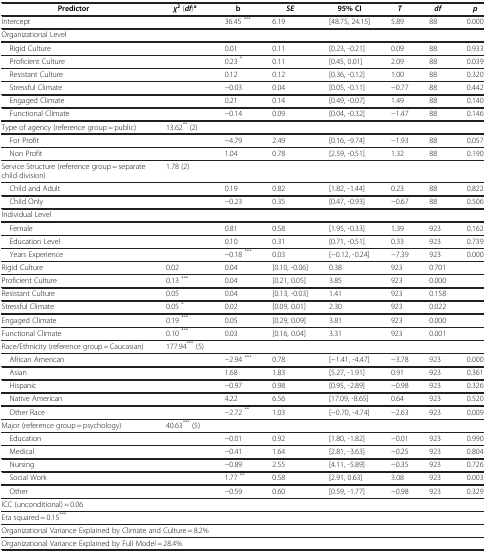
<table><thead><tr><td><b>Predictor</b></td><td><b> <i>χ</i> <sup>2</sup> ( <i>df</i> )<sup>a</sup></b></td><td><b>b</b></td><td><b> <i>SE</i> </b></td><td><b>95% CI</b></td><td><b> <i>T</i> </b></td><td><b> <i>df</i> </b></td><td><b> <i>p</i> </b></td></tr></thead><tbody><tr><td>Intercept</td><td> </td><td>36.45 <sup>***</sup></td><td>6.19</td><td>[48.75, 24.15]</td><td>5.89</td><td>88</td><td>0.000</td></tr><tr><td colspan="8">Organizational Level</td></tr><tr><td> Rigid Culture</td><td> </td><td>0.01</td><td>0.11</td><td>[0.23, -0.21]</td><td>0.09</td><td>88</td><td>0.933</td></tr><tr><td> Proficient Culture</td><td> </td><td>0.23 <sup>*</sup></td><td>0.11</td><td>[0.45, 0.01]</td><td>2.09</td><td>88</td><td>0.039</td></tr><tr><td> Resistant Culture</td><td> </td><td>0.12</td><td>0.12</td><td>[0.36, -0.12]</td><td>1.00</td><td>88</td><td>0.320</td></tr><tr><td> Stressful Climate</td><td> </td><td>−0.03</td><td>0.04</td><td>[0.05, -0.11]</td><td>−0.77</td><td>88</td><td>0.442</td></tr><tr><td> Engaged Climate</td><td> </td><td>0.21</td><td>0.14</td><td>[0.49, -0.07]</td><td>1.49</td><td>88</td><td>0.140</td></tr><tr><td> Functional Climate</td><td> </td><td>−0.14</td><td>0.09</td><td>[0.04, -0.32]</td><td>−1.47</td><td>88</td><td>0.146</td></tr><tr><td>Type of agency (reference group = public)</td><td>13.62<sup>**</sup> (2)</td><td> </td><td> </td><td> </td><td> </td><td> </td><td> </td></tr><tr><td> For Profit</td><td> </td><td>−4.79</td><td>2.49</td><td>[0.16, -9.74]</td><td>−1.93</td><td>88</td><td>0.057</td></tr><tr><td> Non Profit</td><td> </td><td>1.04</td><td>0.78</td><td>[2.59, -0.51]</td><td>1.32</td><td>88</td><td>0.190</td></tr><tr><td>Service Structure (reference group = separate child division)</td><td>1.78 (2)</td><td> </td><td> </td><td> </td><td> </td><td> </td><td> </td></tr><tr><td> Child and Adult</td><td> </td><td>0.19</td><td>0.82</td><td>[1.82, -1.44]</td><td>0.23</td><td>88</td><td>0.822</td></tr><tr><td> Child Only</td><td> </td><td>−0.23</td><td>0.35</td><td>[0.47, -0.93]</td><td>−0.67</td><td>88</td><td>0.506</td></tr><tr><td colspan="8">Individual Level</td></tr><tr><td> Female</td><td> </td><td>0.81</td><td>0.58</td><td>[1.95, -0.33]</td><td>1.39</td><td>923</td><td>0.162</td></tr><tr><td> Education Level</td><td> </td><td>0.10</td><td>0.31</td><td>[0.71, -0.51]</td><td>0.33</td><td>923</td><td>0.739</td></tr><tr><td> Years Experience</td><td> </td><td>−0.18 <sup>***</sup></td><td>0.03</td><td>[−0.12, -0.24]</td><td>−7.39</td><td>923</td><td>0.000</td></tr><tr><td>Rigid Culture</td><td>0.02</td><td>0.04</td><td>[0.10, -0.06]</td><td>0.38</td><td>923</td><td>0.701</td><td> </td></tr><tr><td>Proficient Culture</td><td>0.13 <sup>***</sup></td><td>0.04</td><td>[0.21, 0.05]</td><td>3.85</td><td>923</td><td>0.000</td><td> </td></tr><tr><td>Resistant Culture</td><td>0.05</td><td>0.04</td><td>[0.13, -0.03]</td><td>1.41</td><td>923</td><td>0.158</td><td> </td></tr><tr><td>Stressful Climate</td><td>0.05 <sup>*</sup></td><td>0.02</td><td>[0.09, 0.01]</td><td>2.30</td><td>923</td><td>0.022</td><td> </td></tr><tr><td>Engaged Climate</td><td>0.19 <sup>***</sup></td><td>0.05</td><td>[0.29, 0.09]</td><td>3.81</td><td>923</td><td>0.000</td><td> </td></tr><tr><td>Functional Climate</td><td>0.10 <sup>***</sup></td><td>0.03</td><td>[0.16, 0.04]</td><td>3.31</td><td>923</td><td>0.001</td><td> </td></tr><tr><td>Race/Ethnicity (reference group = Caucasian)</td><td>177.94<sup>***</sup> (5)</td><td> </td><td> </td><td> </td><td> </td><td> </td><td> </td></tr><tr><td> African American</td><td> </td><td>−2.94 <sup>***</sup></td><td>0.78</td><td>[−1.41, -4.47]</td><td>−3.78</td><td>923</td><td>0.000</td></tr><tr><td> Asian</td><td> </td><td>1.68</td><td>1.83</td><td>[5.27, -1.91]</td><td>0.91</td><td>923</td><td>0.361</td></tr><tr><td> Hispanic</td><td> </td><td>−0.97</td><td>0.98</td><td>[0.95, -2.89]</td><td>−0.98</td><td>923</td><td>0.326</td></tr><tr><td> Native American</td><td> </td><td>4.22</td><td>6.56</td><td>[17.09, -8.65]</td><td>0.64</td><td>923</td><td>0.520</td></tr><tr><td> Other Race</td><td> </td><td>−2.72 <sup>**</sup></td><td>1.03</td><td>[−0.70, -4.74]</td><td>−2.63</td><td>923</td><td>0.009</td></tr><tr><td>Major (reference group = psychology)</td><td>40.63<sup>***</sup> (5)</td><td> </td><td> </td><td> </td><td> </td><td> </td><td> </td></tr><tr><td> Education</td><td> </td><td>−0.01</td><td>0.92</td><td>[1.80, -1.82]</td><td>−0.01</td><td>923</td><td>0.990</td></tr><tr><td> Medical</td><td> </td><td>−0.41</td><td>1.64</td><td>[2.81, -3.63]</td><td>−0.25</td><td>923</td><td>0.804</td></tr><tr><td> Nursing</td><td> </td><td>−0.89</td><td>2.55</td><td>[4.11, -5.89]</td><td>−0.35</td><td>923</td><td>0.726</td></tr><tr><td> Social Work</td><td> </td><td>1.77 <sup>**</sup></td><td>0.58</td><td>[2.91, 0.63]</td><td>3.08</td><td>923</td><td>0.003</td></tr><tr><td> Other</td><td> </td><td>−0.59</td><td>0.60</td><td>[0.59, -1.77]</td><td>−0.98</td><td>923</td><td>0.329</td></tr><tr><td colspan="8">ICC (unconditional) = 0.06</td></tr><tr><td colspan="8">Eta squared = 0.15<sup>***</sup></td></tr><tr><td colspan="8">Organizational Variance Explained by Climate and Culture = 8.2%</td></tr><tr><td colspan="8">Organizational Variance Explained by Full Model = 28.4%</td></tr></tbody></table>